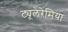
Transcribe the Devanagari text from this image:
ट्यूलेरेमिया